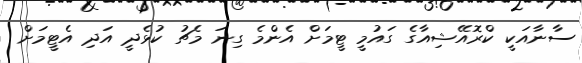
ސާނާއަކީ ކްރޮއޭޝިއާގެ ގައުމީ ޓީމަށް އެންމެ ގިނަ މެޗު ކުޅެދީ އަދި އެޓީމަށް